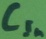
Text: CIn